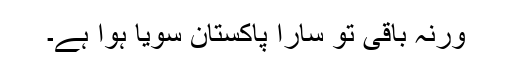
ورنہ باقی تو سارا پاکستان سویا ہوا ہے۔